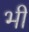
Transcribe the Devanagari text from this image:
भी